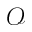
\mathcal { O }